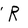
Character: R